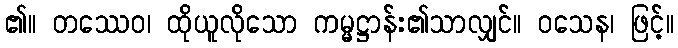
၏။ တဿေဝ၊ ထိုယူလိုသော ကမ္မဋ္ဌာန်း၏သာလျှင်။ ဝသေန၊ ဖြင့်။